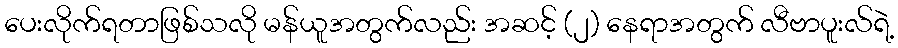
ပေးလိုက်ရတာဖြစ်သလို မန်ယူအတွက်လည်း အဆင့် (၂) နေရာအတွက် လီဗာပူးလ်ရဲ့